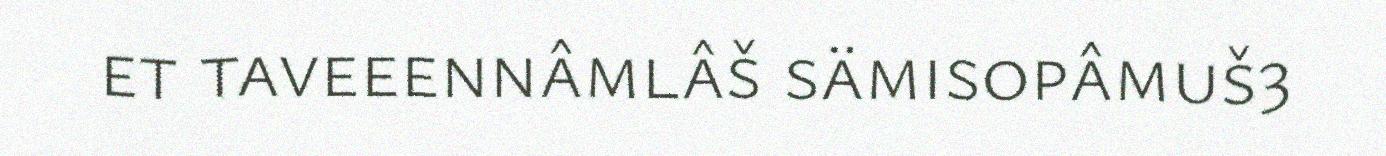
et taveeennâmlâš sämisopâmuš3